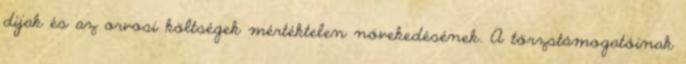
díjak és az orvosi költségek mértéktelen növekedésének. A törzstámogatóinak